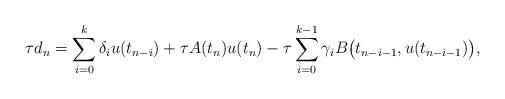
LaTeX: \begin{align*}\tau d_n=\sum\limits^k_{i=0}\delta_iu(t_{n-i}) + \tau A(t_n)u(t_n)- \tau \sum\limits^{k-1}_{i=0} \gamma_i B\big (t_{n-i-1},u(t_{n-i-1})\big ),\end{align*}